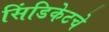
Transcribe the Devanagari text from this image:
सिंडिकेटचे